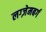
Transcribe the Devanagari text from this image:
लग्ज़ेमबर्ग